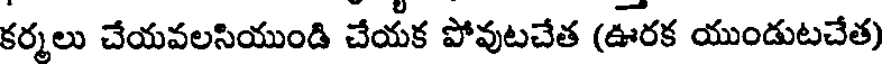
కర్మలు చేయవలసియుండి చేయక పోవుటచేత (ఊరక యుండుటచేత)